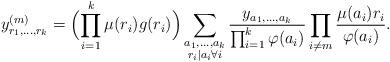
LaTeX: \begin{align*}y^{(m)}_{r_1,\ldots,r_k}=\Bigl(\prod_{i=1}^k\mu(r_i)g(r_i)\Bigr)\sum_{\substack{a_1,\ldots,a_k\\r_i\mid a_i\forall i}}\frac{y_{a_1,\ldots,a_k}}{\prod_{i=1}^k\varphi(a_i)}\prod_{i\neq m}\frac{\mu(a_i)r_i}{\varphi(a_i)}.\end{align*}